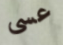
عسى